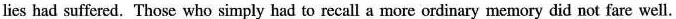
lies had suffered. Those who simply had to recall a more ordinary memory did not fare well.